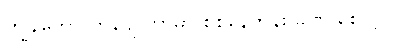
ကျွန်တော် ကွန်ပျူတာမှာ စစ်နေတုန်း ခဏ စောင့်ပါ။